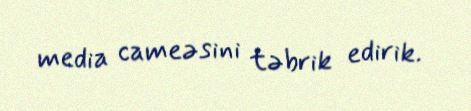
media cameəsini təbrik edirik.